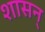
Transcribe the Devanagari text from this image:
शासन्